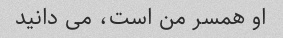
او همسر من است، می دانید